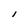
Character: I